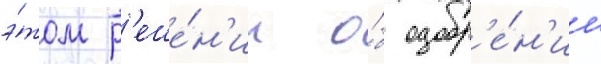
э́том р'еше́н'ии о́б одобр'е́н'ии